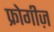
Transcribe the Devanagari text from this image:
फ्रोगीज़